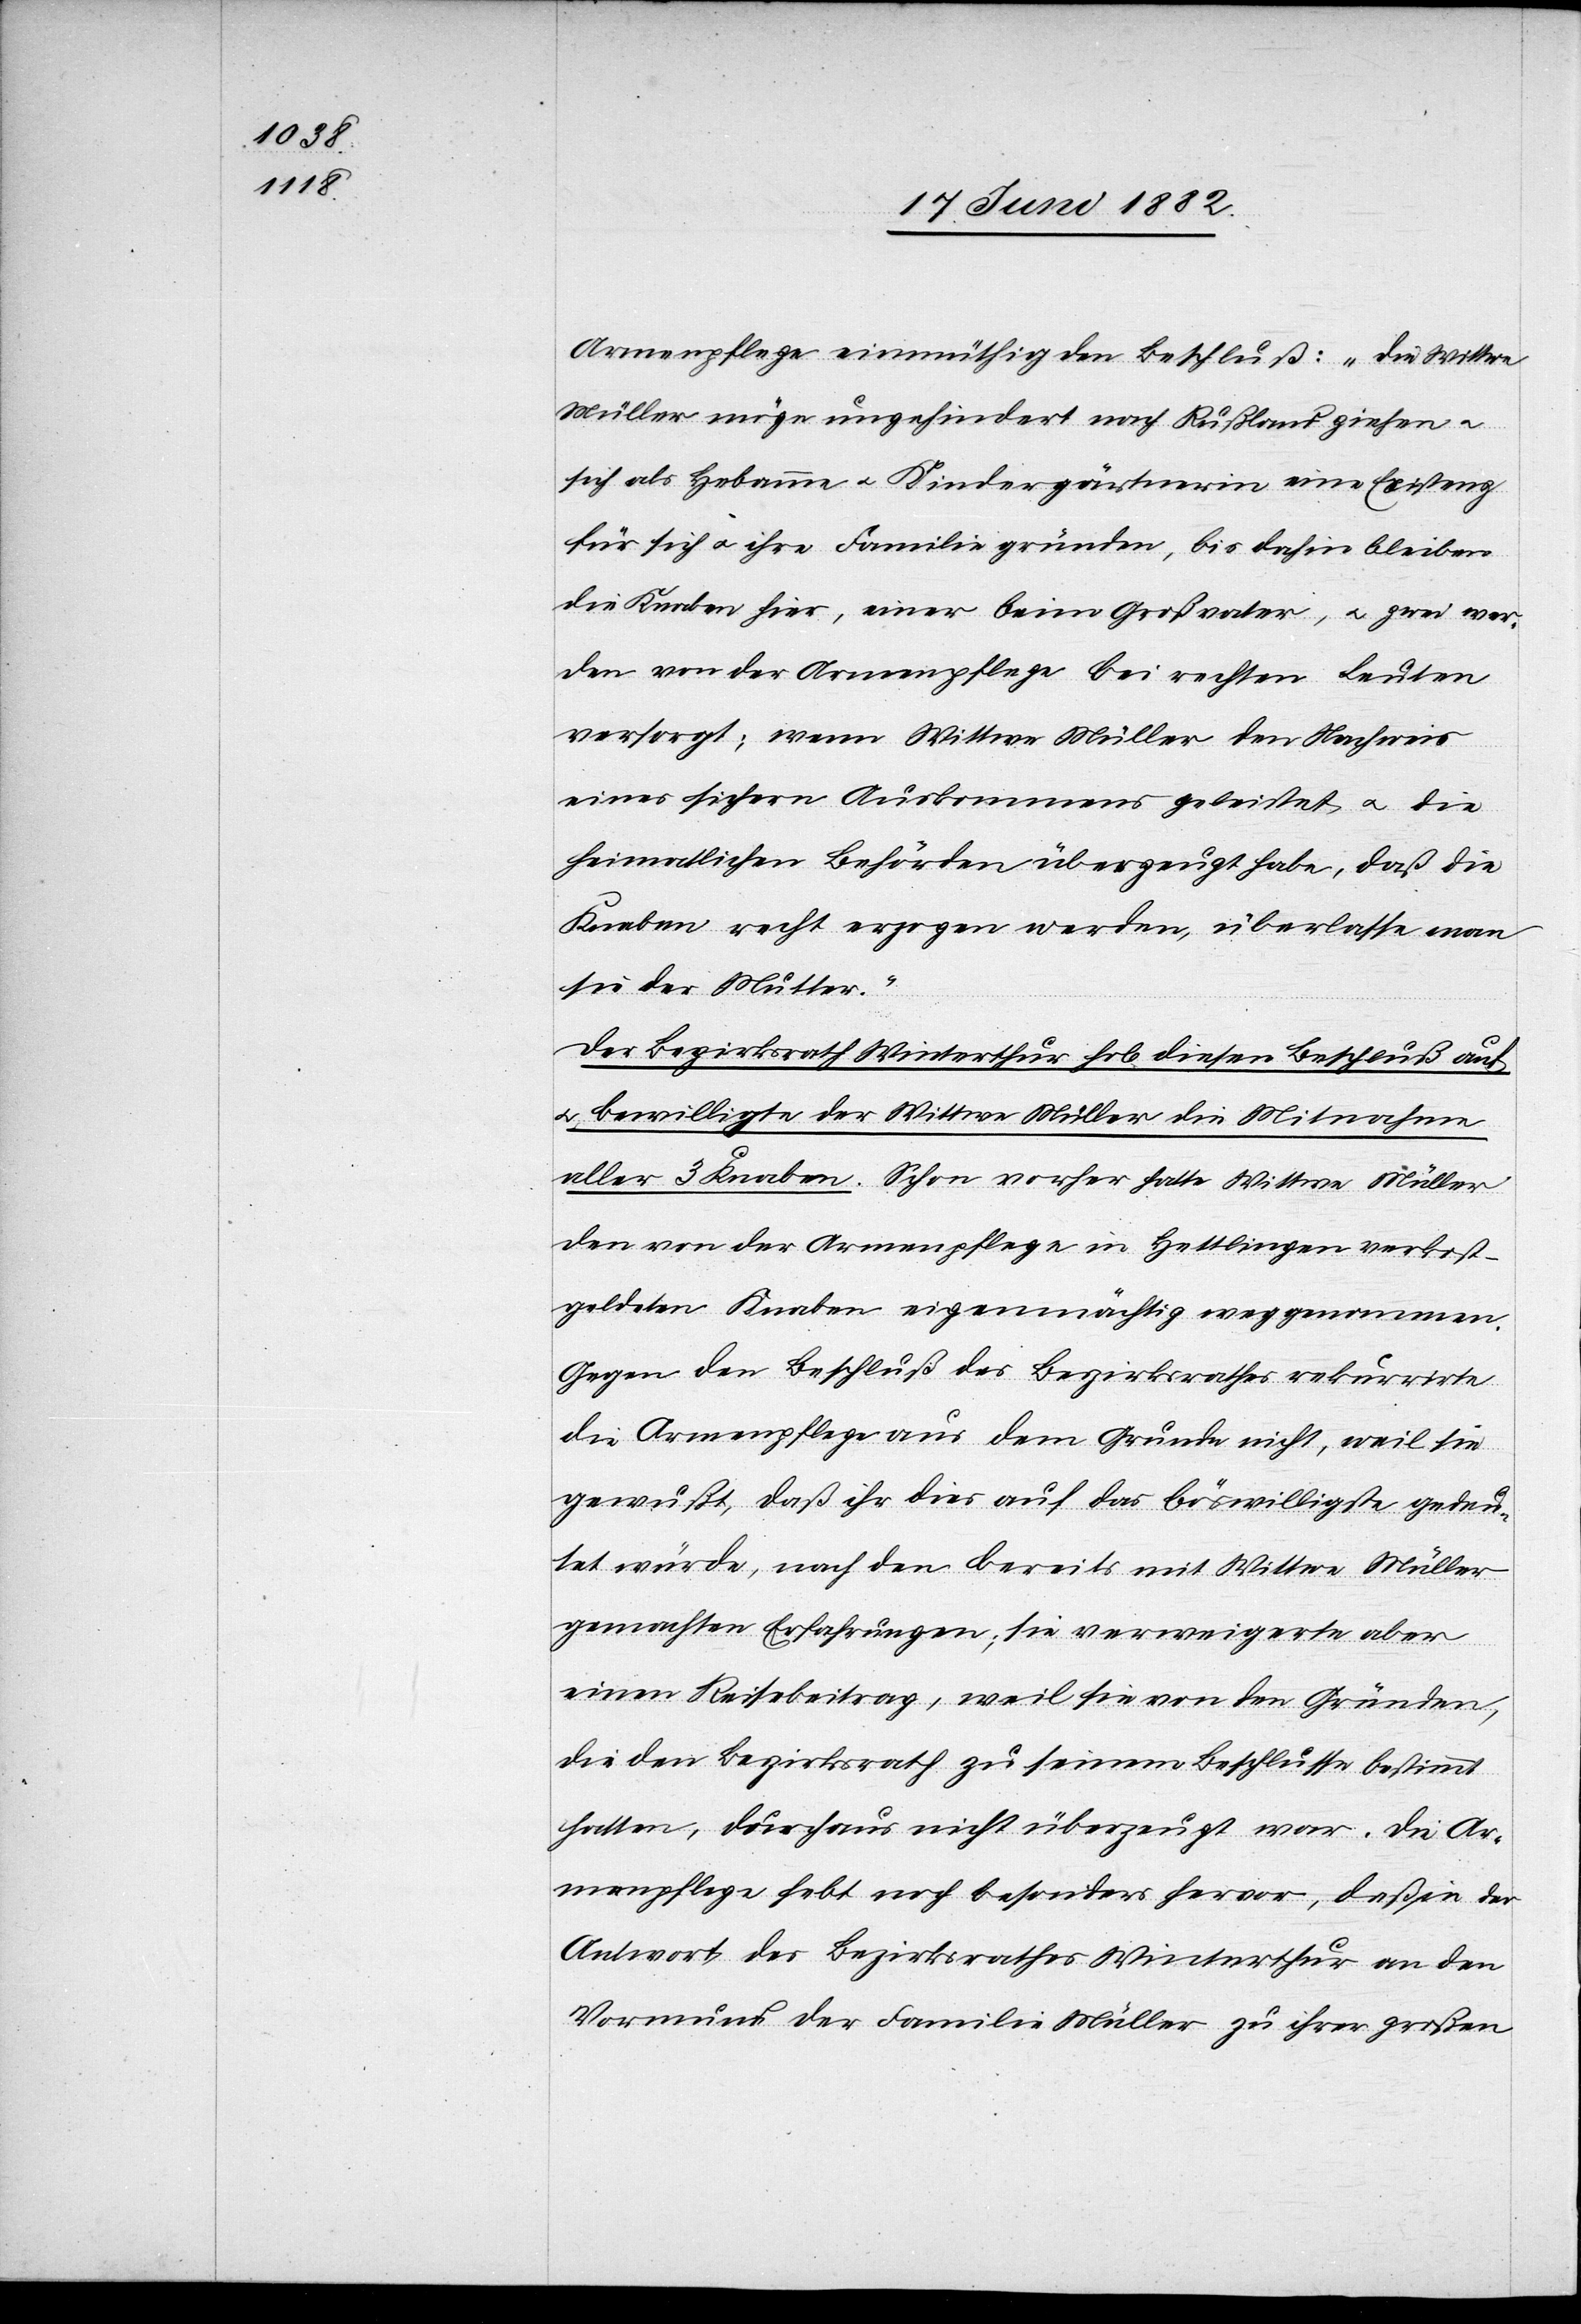
Armenpflege einmüthig den Beschluß: „Die Wittwe
Müller möge ungehindert nach Rußland ziehen u.
sich als Hebamme u. Kindergärtnerin eine Existenz
für sich u. ihre Familie gründen, bis dahin bleiben
die Kinder hier, einer beim Großvater, u. zwei wer¬
den von der Armenpflege bei rechten Leuten
versorgt; wenn Wittwe Müller den Nachweis
eines sichern Auskommens geleistet u. die
heimatlichen Behörden überzeugt habe, daß die
Knaben recht erzogen werden, überlasse man
sie der Mutter.“
Der Bezirksrath Winterthur hob diesen Beschluß auf
u. bewilligte der Wittwe Müller die Mitnahme
aller 3 Knaben. Schon vorher hatte Wittwe Müller
den von der Armenpflege Hettlingen verkost¬
geldeten Knaben eigenhändig weggenommen.
Gegen den Beschluß des Bezirksrathes rekurrirte
die Armenpflege aus dem Grunde nicht, weil sie
gewußt, daß ihr dies auf das böswilligste gedeu¬
tet würde, nach den bereits mit Wittwe Müller
gemachten Erfahrungen; sie verweigerte aber
einen Reisebeitrag, weil sie von den Gründen,
die den Bezirksrath zu seinem Beschlusse bestimmt
hatten, durchaus nicht überzeugt war. Die Ar¬
menpflege hebt noch besonders hervor, daß in der
Antwort des Bezirksrathes Winterthur an den
Vormund der Familie Müller zu ihrer großen